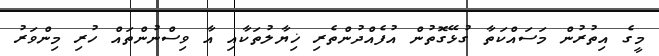
މީގެ އިތުރުން މަސައްކަތާ ގުޅޭގޮތުން އުފެއްދުންތެރި ޚިޔާލުތަކާއި އާ ވިސްނުންތައް ހުރި މިންވަރު